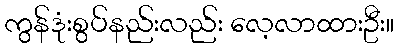
ကွန်ဒုံးစွပ်နည်းလည်း လေ့လာထားဦး။